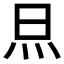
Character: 𭴋